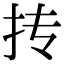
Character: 抟